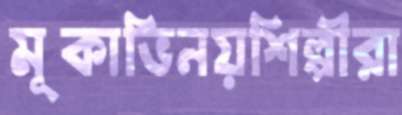
মূকাভিনয়শিল্পীরা